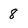
Character: 8